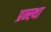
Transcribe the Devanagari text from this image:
प्रन्स्था